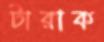
টারাক